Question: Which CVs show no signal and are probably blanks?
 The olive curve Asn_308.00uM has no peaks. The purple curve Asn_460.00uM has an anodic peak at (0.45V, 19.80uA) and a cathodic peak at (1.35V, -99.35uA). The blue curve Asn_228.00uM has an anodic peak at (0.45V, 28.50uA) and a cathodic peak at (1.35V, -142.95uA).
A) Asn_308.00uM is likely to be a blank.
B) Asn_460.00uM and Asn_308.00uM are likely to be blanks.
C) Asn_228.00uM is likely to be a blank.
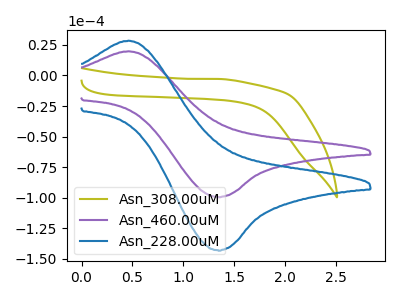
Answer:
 <answer>A) "Asn_308.00uM" is likely to be a blank.</answer>
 <eval>A</eval>